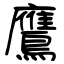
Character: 鷹